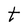
Character: e